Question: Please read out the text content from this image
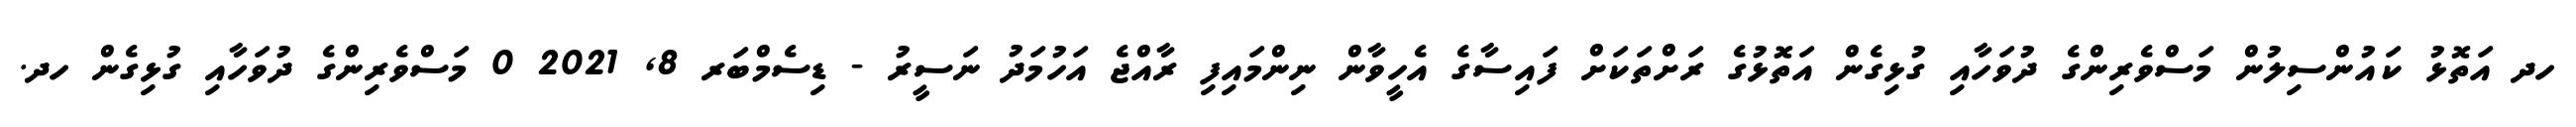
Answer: ހދ އަތޮޅު ކައުންސިލުން މަސްވެރިންގެ ދުވަހާއި ގުޅިގެން އަތޮޅުގެ ރަށްތަކަށް ފައިސާގެ އެހީވާން ނިންމައިފި ރާއްޖެ އަހުމަދު ނަސީރު - ޑިސެމްބަރ 8, 2021 0 މަސްވެރިންގެ ދުވަހާއި ގުޅިގެން ހދ.